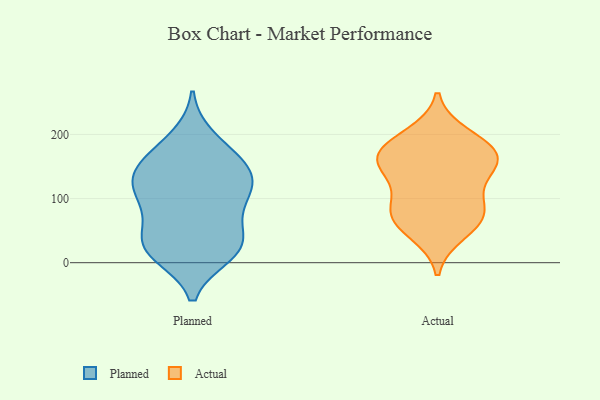
{"axis": {"x": "Energy Usage (MWh)", "y": "Value"}, "legend": ["Actual", "Planned"], "data": [{"x": "", "y": 79, "type": "Planned"}, {"x": "", "y": 136, "type": "Planned"}, {"x": "", "y": 144, "type": "Planned"}, {"x": "", "y": 13, "type": "Planned"}, {"x": "", "y": 17, "type": "Planned"}, {"x": "", "y": 195, "type": "Planned"}, {"x": "", "y": 43, "type": "Planned"}, {"x": "", "y": 174, "type": "Planned"}, {"x": "", "y": 155, "type": "Planned"}, {"x": "", "y": 89, "type": "Planned"}, {"x": "", "y": 144, "type": "Planned"}, {"x": "", "y": 108, "type": "Planned"}, {"x": "", "y": 25, "type": "Planned"}, {"x": "", "y": 23, "type": "Planned"}, {"x": "", "y": 116, "type": "Planned"}, {"x": "", "y": 33, "type": "Planned"}, {"x": "", "y": 115, "type": "Planned"}, {"x": "", "y": 47, "type": "Actual"}, {"x": "", "y": 70, "type": "Actual"}, {"x": "", "y": 146, "type": "Actual"}, {"x": "", "y": 179, "type": "Actual"}, {"x": "", "y": 83, "type": "Actual"}, {"x": "", "y": 140, "type": "Actual"}, {"x": "", "y": 170, "type": "Actual"}, {"x": "", "y": 93, "type": "Actual"}, {"x": "", "y": 159, "type": "Actual"}, {"x": "", "y": 70, "type": "Actual"}, {"x": "", "y": 198, "type": "Actual"}, {"x": "", "y": 169, "type": "Actual"}]}